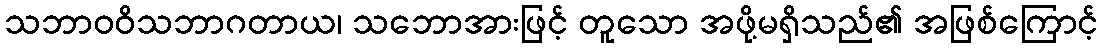
သဘာဝဝိသဘာဂတာယ၊ သဘောအားဖြင့် တူသော အဖို့မရှိသည်၏ အဖြစ်ကြောင့်